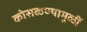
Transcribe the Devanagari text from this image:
कोसळण्यामुळीं